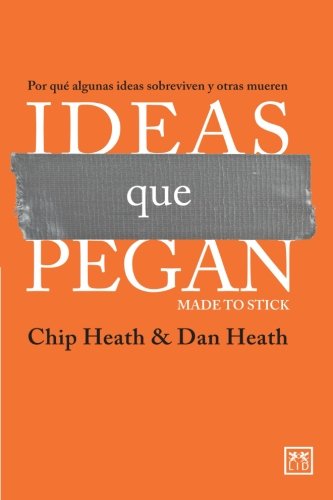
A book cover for Ideas que pegan (Made to Stick) (Viva) (Spanish Edition); Chip Heath; Business & Money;